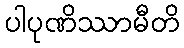
ပါပုဏိဿာမီတိ